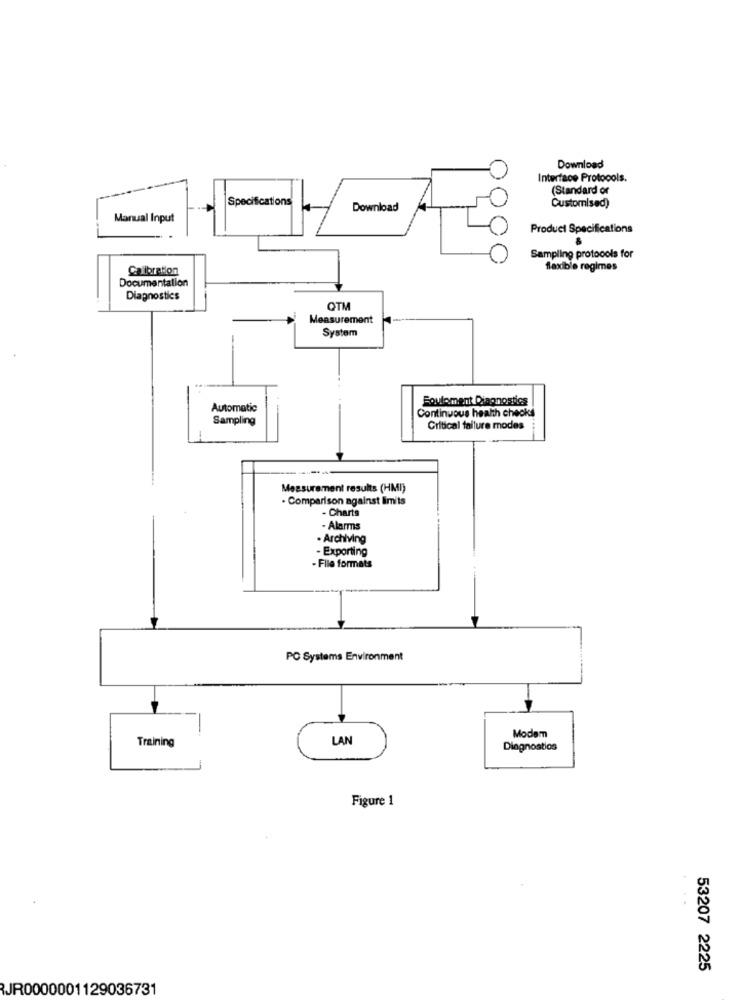
Download
Interface Protocols.
(Standard or
Specifications
Customised)
Download
Manual Input
Product Specifications
Sampling protocols for
Calibration
flexible regimes
Documentation
Diagnostics
QTM
Measurement
System
Fouloment Diagnostics
Automatic
Continuous health check
Sampling
Critical failure modes
Measurement results (HMI)
. Comparison against limits
- Charts
- Alarms
· Archiving
- Exporting
- File formats
PC Systems Environment
Modem
Training
LA
Diagnostios
Figure 1
53207 2225
JR0000001129036731